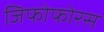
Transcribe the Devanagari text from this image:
जिफोफोरस